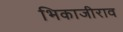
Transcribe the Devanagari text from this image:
भिकाजीराव